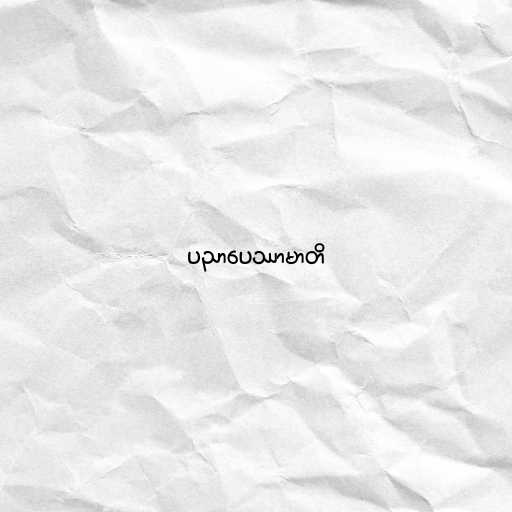
ပညာပေဿာမာတိ